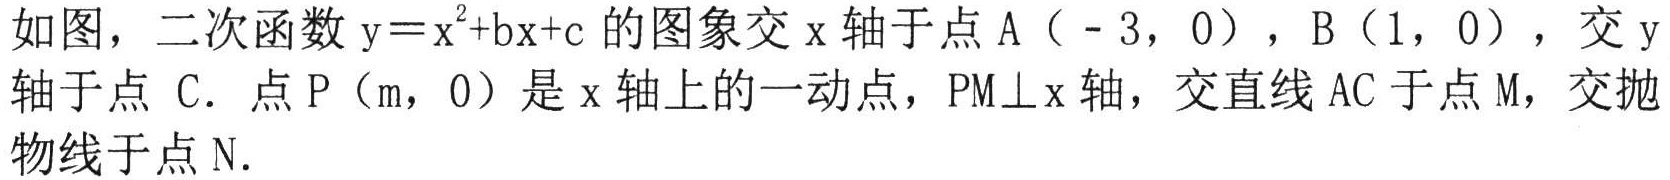
如图，二次函数\(y = x^{2}+bx + c\)的图象交\(x\)轴于点\(A(-3,0)\)，\(B(1,0)\)，交\(y\)轴于点\(C\). 点\(P(m,0)\)是\(x\)轴上的一动点，\(PM\perp x\)轴，交直线\(AC\)于点\(M\)，交抛物线于点\(N\).